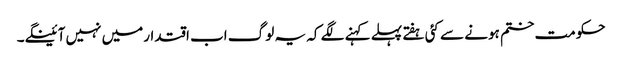
حکومت ختم ہونے سے کئی ہفتے پہلے کہنے لگے کہ یہ لوگ اب اقتدارمیں نہیں آئینگے۔